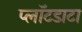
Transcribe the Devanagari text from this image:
प्लॉटडाटा